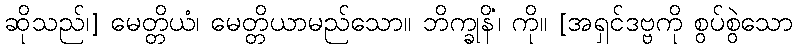
ဆိုသည်၊] မေတ္တိယံ၊ မေတ္တိယာမည်သော။ ဘိက္ခုနိံ၊ ကို။ [အရှင်ဒဗ္ဗကို စွပ်စွဲသော